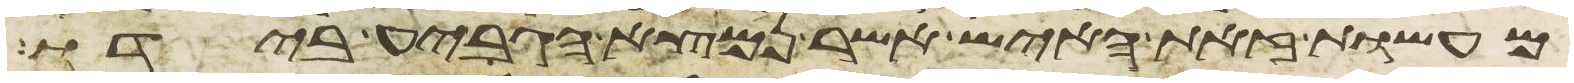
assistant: מעשות זאת האיש אשר נמצא הגביע בידו